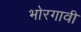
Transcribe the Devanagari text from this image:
भोरगावी